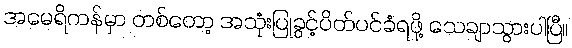
အမေရိကန်မှာ တစ်တော့ အသုံးပြုခွင့်ပိတ်ပင်ခံရဖို့ သေချာသွားပါပြီ။